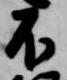
不